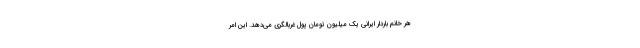
هر خانم باردار ایرانی یک میلیون تومان پول غربالگری می‌دهد. این امر